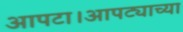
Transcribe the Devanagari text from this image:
आपटा।आपट्याच्या